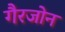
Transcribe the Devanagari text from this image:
गैरजोन